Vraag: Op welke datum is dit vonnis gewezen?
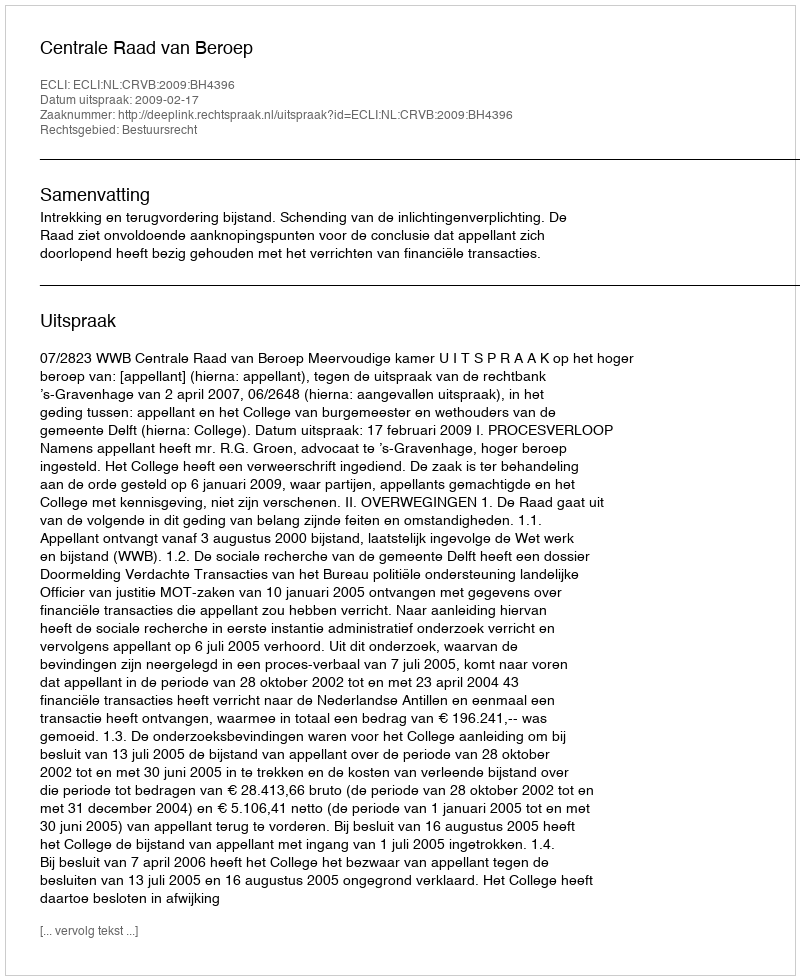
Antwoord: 2009-02-17